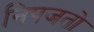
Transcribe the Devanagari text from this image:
निपजतो